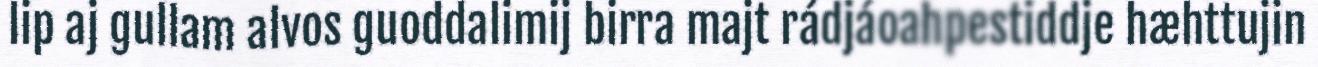
lip aj gullam alvos guoddalimij birra majt rádjáoahpestiddje hæhttujin